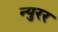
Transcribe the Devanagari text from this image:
न्युरर